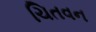
ચિતવન